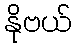
နိုဗယ်